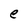
Character: e